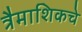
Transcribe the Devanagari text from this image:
त्रैमाशिकचे